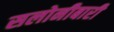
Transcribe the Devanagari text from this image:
सलोनीबारी